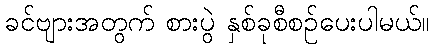
ခင်ဗျားအတွက် စားပွဲ နှစ်ခုစီစဉ်ပေးပါမယ်။